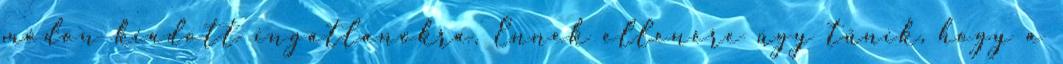
módon kiadott ingatlanokra. Ennek ellenére úgy tűnik, hogy a